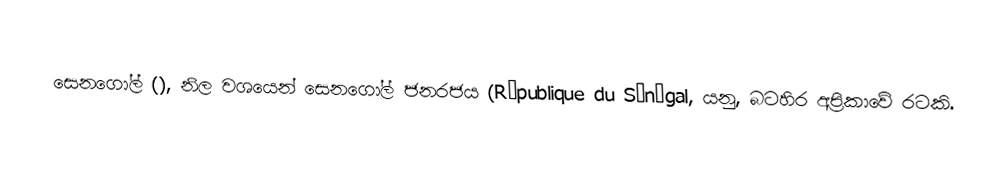
සෙනගෝල්   (), නිල වශයෙන් සෙනගෝල් ජනරජය (République du Sénégal, යනු,  බටහිර අප්‍රිකාවේ රටකි.